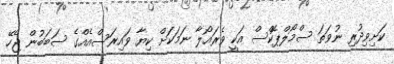
ކަށިވިދުރި ނުވަތަ ސްމޯލްޕޮކްސް އަކީ ވެރައޯލާ ނަމަކަށް ކިޔާ ވައިރަސްއެއްގެ ސަބަބުން ޖެހޭ